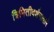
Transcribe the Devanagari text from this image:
त्रिमितीदर्शनाद्वारे